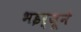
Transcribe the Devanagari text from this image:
भइर्जूने